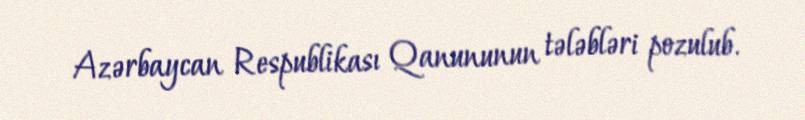
Azərbaycan Respublikası Qanununun tələbləri pozulub.